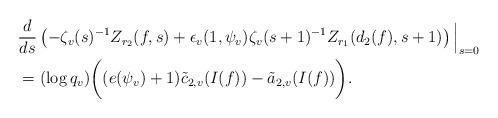
LaTeX: \begin{align*} &\frac{d}{ds} \left(-\zeta_v(s)^{-1}Z_{r_2}(f,s)+\epsilon_v(1,\psi_v)\zeta_v(s+1)^{-1}Z_{r_1}(d_2(f), s+1)\right)\Big|_{s=0}\\ &=(\log q_v)\bigg((e(\psi_v)+1)\tilde{c}_{2,v}(I(f))-\tilde{a}_{2,v}(I(f))\bigg).\end{align*}